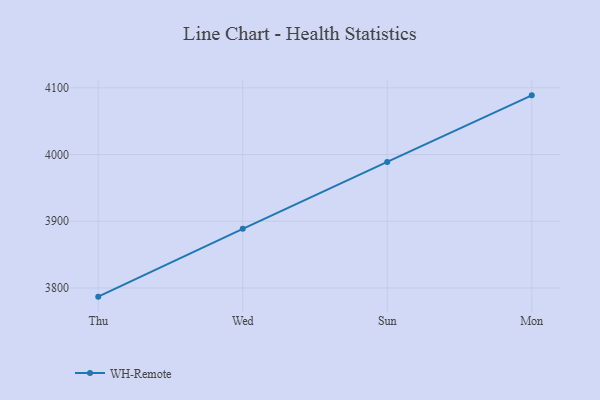
{"axis": {"x": "Day", "y": "Budget (USD K)"}, "legend": ["WH-Remote"], "data": [{"x": "Thu", "y": 3787.0, "type": "WH-Remote"}, {"x": "Wed", "y": 3888.7, "type": "WH-Remote"}, {"x": "Sun", "y": 3988.9, "type": "WH-Remote"}, {"x": "Mon", "y": 4088.7, "type": "WH-Remote"}]}